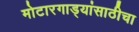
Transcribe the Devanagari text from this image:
मोटारगाड्यांसाठीचा